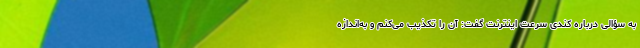
به سؤالی درباره کُندی سرعت اینترنت گفت: آن را تکذیب می‌کنم و به‌اندازه